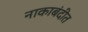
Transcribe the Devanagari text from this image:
नाकाबंदीत